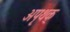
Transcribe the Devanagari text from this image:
अपृथक्